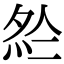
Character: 𡖗